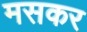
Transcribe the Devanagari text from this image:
मसकर